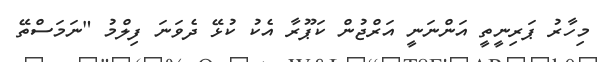
މިހާރު ޕަރިނީތީ އަންނަނީ އަރްޖުން ކަޕޫރާ އެކު ކުޅޭ ދެވަނަ ފިލްމު "ނަމަސްތޭ